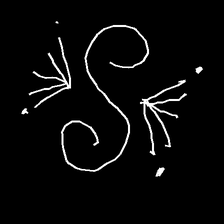
Glyph: aeroform